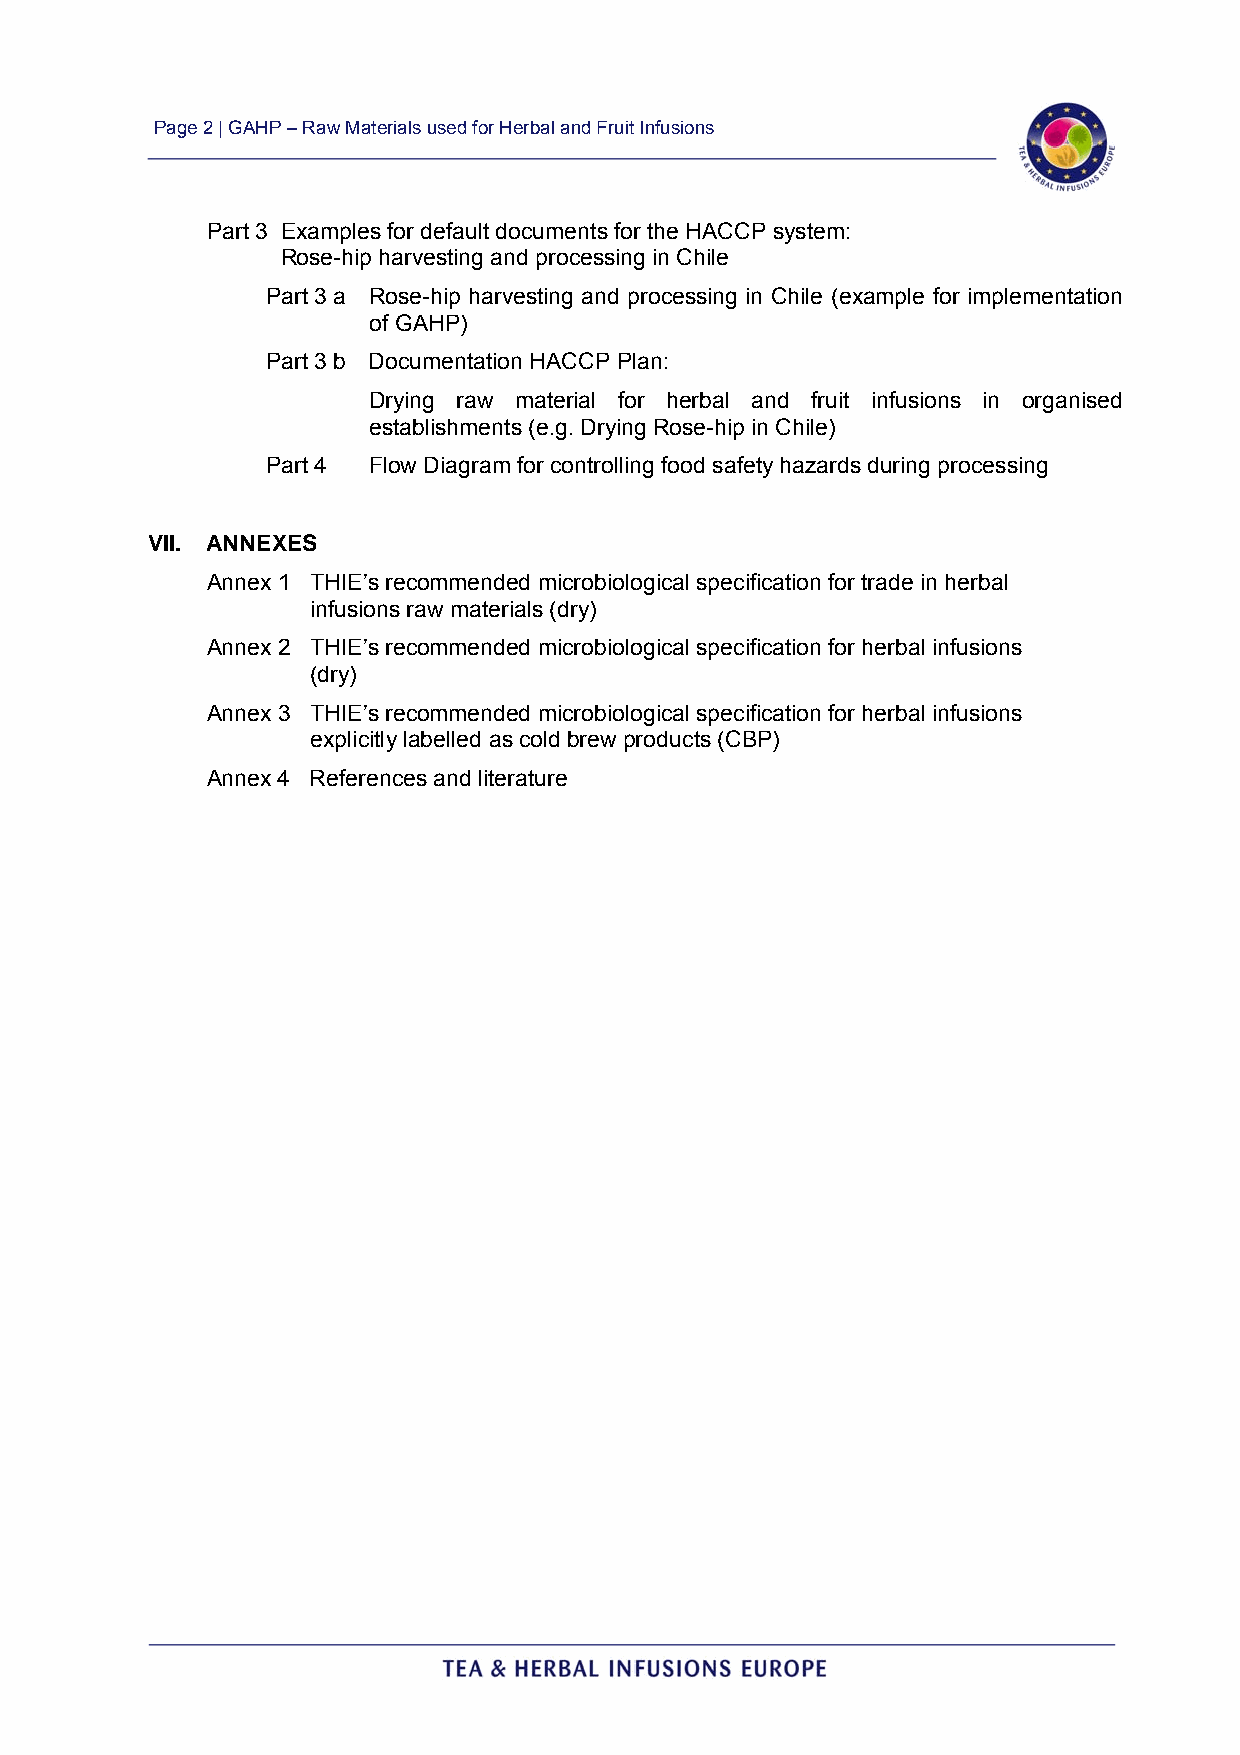
Page 2 | GAHP – Raw Materials used for Herbal and Fruit Infusions
 Part 3 Examples for default documents for the HACCP system:
 Rose-hip harvesting and processing in Chile
 Part 3 a Rose-hip harvesting and processing in Chile (example for implementation
 of GAHP)
 Part 3 b Documentation HACCP Plan:
 Drying raw material for herbal and fruit infusions in organised
 establishments (e.g. Drying Rose-hip in Chile)
 Part 4 Flow Diagram for controlling food safety hazards during processing
 VII. ANNEXES
 Annex 1 THIE’s recommended microbiological specification for trade in herbal
 infusions raw materials (dry)
 Annex 2 THIE’s recommended microbiological specification for herbal infusions
 (dry)
 Annex 3 THIE’s recommended microbiological specification for herbal infusions
 explicitly labelled as cold brew products (CBP)
 Annex 4 References and literature